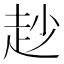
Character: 赻